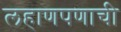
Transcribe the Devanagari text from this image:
लहाणपणाची